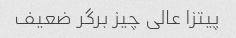
پیتزا عالی چیز برگر ضعیف